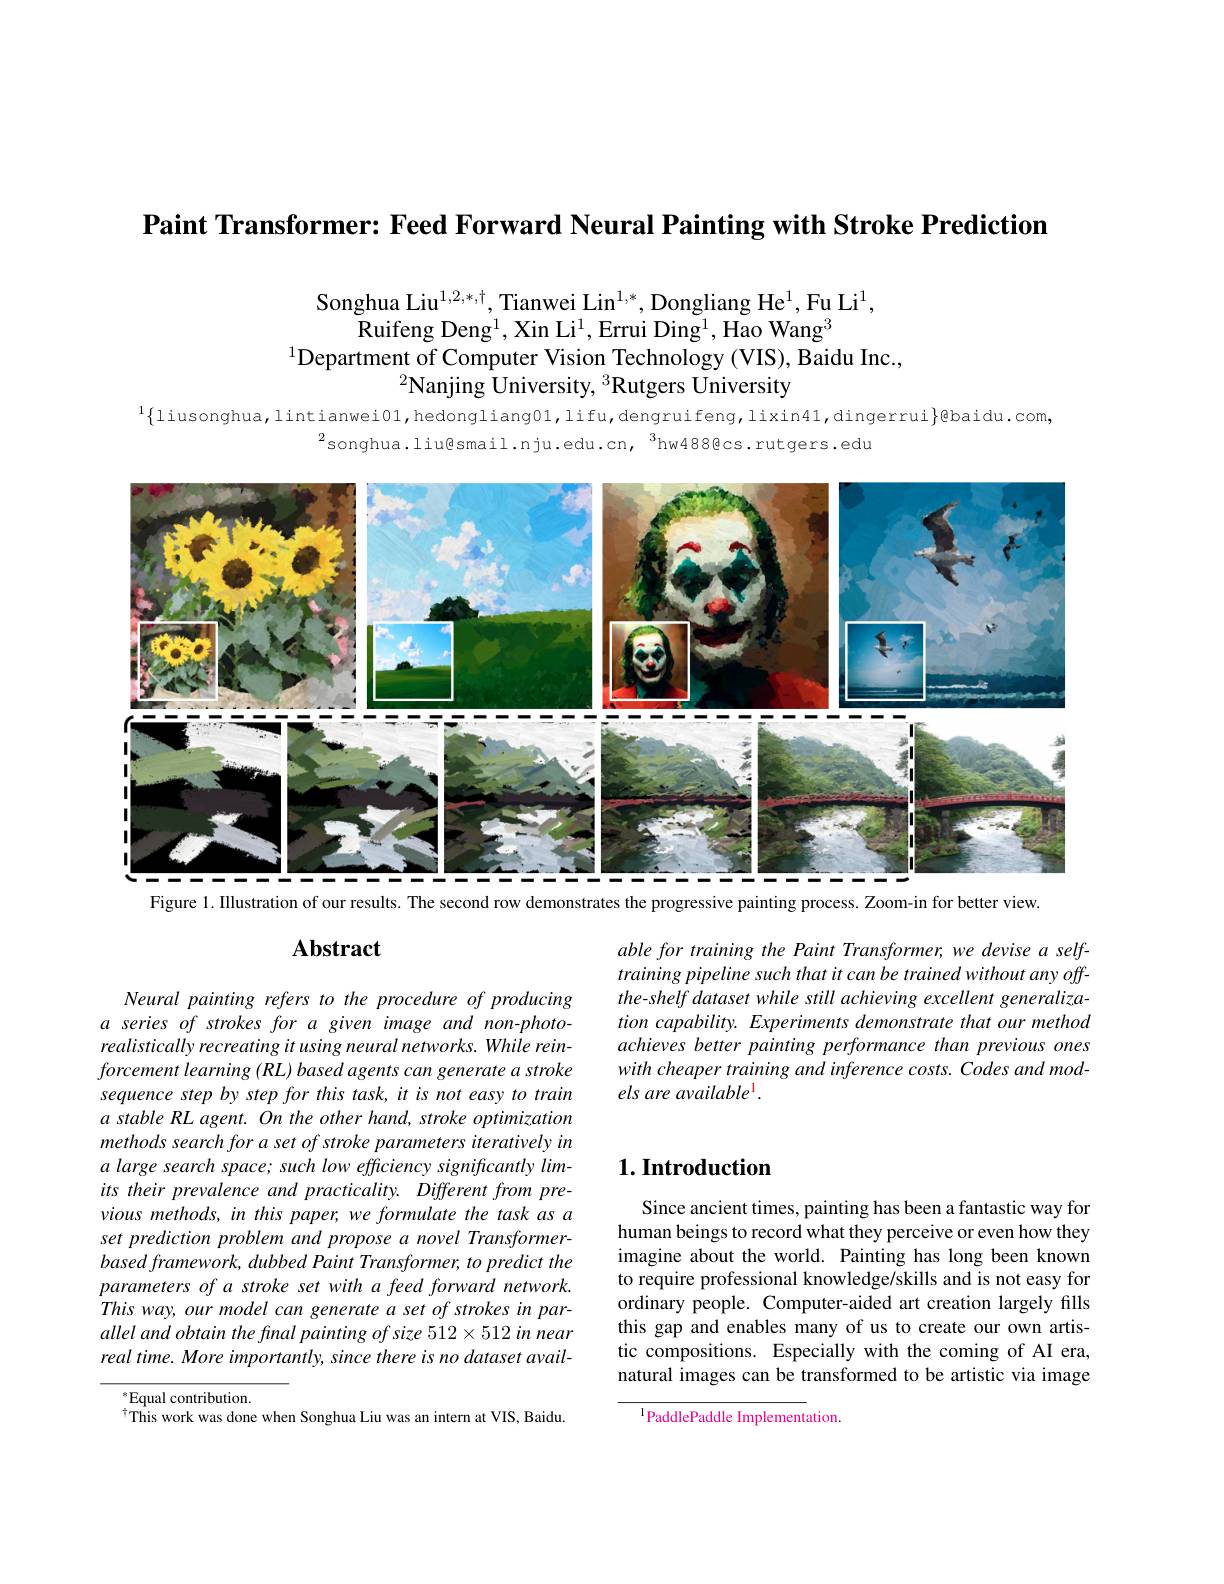
$\textbf{Paint Transformer: Feed Forward Neural Painting with Stroke Prediction}$

Songhua Liu$^1,2,*,\dagger$, Tianwei Lin$^{1,*}$, Dongliang He$^1$,Fu Li$^1$,
$\bar{\text{Ruifeng Deng}^{1}}$,Xin Li$^1$,Errui Ding$^1,\bar{\text{Hao Wang}^{3}}$
$^{1}$Department of Computer Vision Technology (VIS), Baidu Inc.,
$^{2}$Nanjing University, $^3$Rutgers University

$^{1}\{$liusonghua,lintianwei01,hedongliang01,lifu,dengruifeng,lixin41,dingerrui$\}$@baidu.com
$^{2}$songhua.liu@smail.nju.edu.cn,$^3$hw488@cs.rutgers.edu

<FigureHere>
Figure 1. Illustration of our results. The second row demonstrates the progressive painting process. Zoom-in for better view

able for training the Paint Transformer, we devise a selftraining pipeline such that it can be trained without any offthe-shelf dataset while still achieving excellent generalization capability. Experiments demonstrate that our method achieves better painting performance than previous ones with cheaper training and inference costs. Codes and models are available 1

# Abstract

Neural painting refers to the procedure of producing a series of strokes for a given image and non-photorealistically recreating it using neural networks. While reinforcement learning (RL) based agents can generate a stroke sequence step by step for this task, it is not easy to train a stable RL agent. On the other hand, stroke optimization methods search for a set of stroke parameters iteratively in a large search space; such low efficiency significantly limits their prevalence and practicality. Different from previous methods, in this paper, we formulate the task as a set prediction problem and propose a novel Transformer- $basedframework, dubbed\textit{Paint Transformer, to predict the}$ parameters of a stroke set with a feed forward network. This way, our model can generate a set of strokes in parallel and obtain the fmal painting of size 512×512 in near real time. More importantly, since there is no dataset avail-

$^{*}$Equal contribution.
This work was done when Songhua Liu was an intern at VIS, Baidu.

## $1. \textbf{Introduction}$

Since ancient times, painting has been a fantastic way for human beings to record what they perceive or even how they imagine about the world. Painting has long been known to require professional knowledge/skills and is not easy for ordinary people. Computer-aided art creation largely fills this gap and enables many of us to create our own artistic compositions. Especially with the coming of AI era, natural images can be transformed to be artistic via image

l PaddlePaddle Implementation